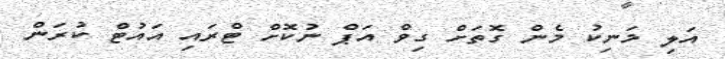
އަލި މަނިކު މެން ގޮތަށް ގިވް އަޕް ނުކޮށް ޓްރައި އަައުޓް ކުރަން